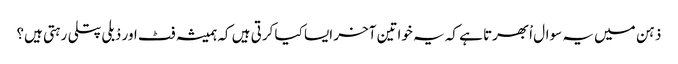
ذہن میں یہ سوال اْبھرتا ہے کہ یہ خواتین آخر ایسا کیا کرتی ہیں کہ ہمیشہ فٹ اور دْبلی پتلی رہتی ہیں؟